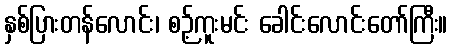
နှစ်ပြားတန်လောင်း၊ စဉ့်ကူးမင်း ခေါင်းလောင်းတော်ကြီး။